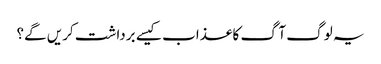
یہ لوگ آگ کا عذاب کیسے برداشت کریں گے؟